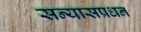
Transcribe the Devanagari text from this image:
सन्यासप्रधन